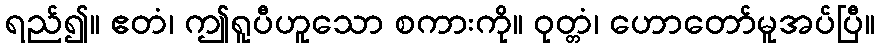
ရည်၍။ ဧတံ၊ ဤရူပီဟူသော စကားကို။ ဝုတ္တံ၊ ဟောတော်မူအပ်ပြီ။